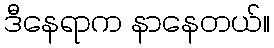
ဒီနေရာက နာနေတယ်။